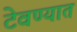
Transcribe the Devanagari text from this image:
टेवण्यात